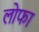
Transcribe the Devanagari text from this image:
लोफा